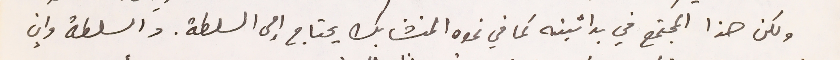
ولكن هذا المجتمع في بدائيته كما في نموه المتشابك يحتاج إلى السلطة. والسلطة وإن